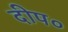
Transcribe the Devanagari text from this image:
दीप०